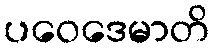
ပဝေဒေမာတိ